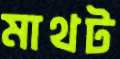
মাথট